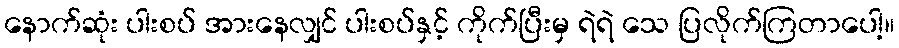
နောက်ဆုံး ပါးစပ် အားနေလျှင် ပါးစပ်နှင့် ကိုက်ပြီးမှ ရဲရဲ သေ ပြလိုက်ကြတာပေါ့။